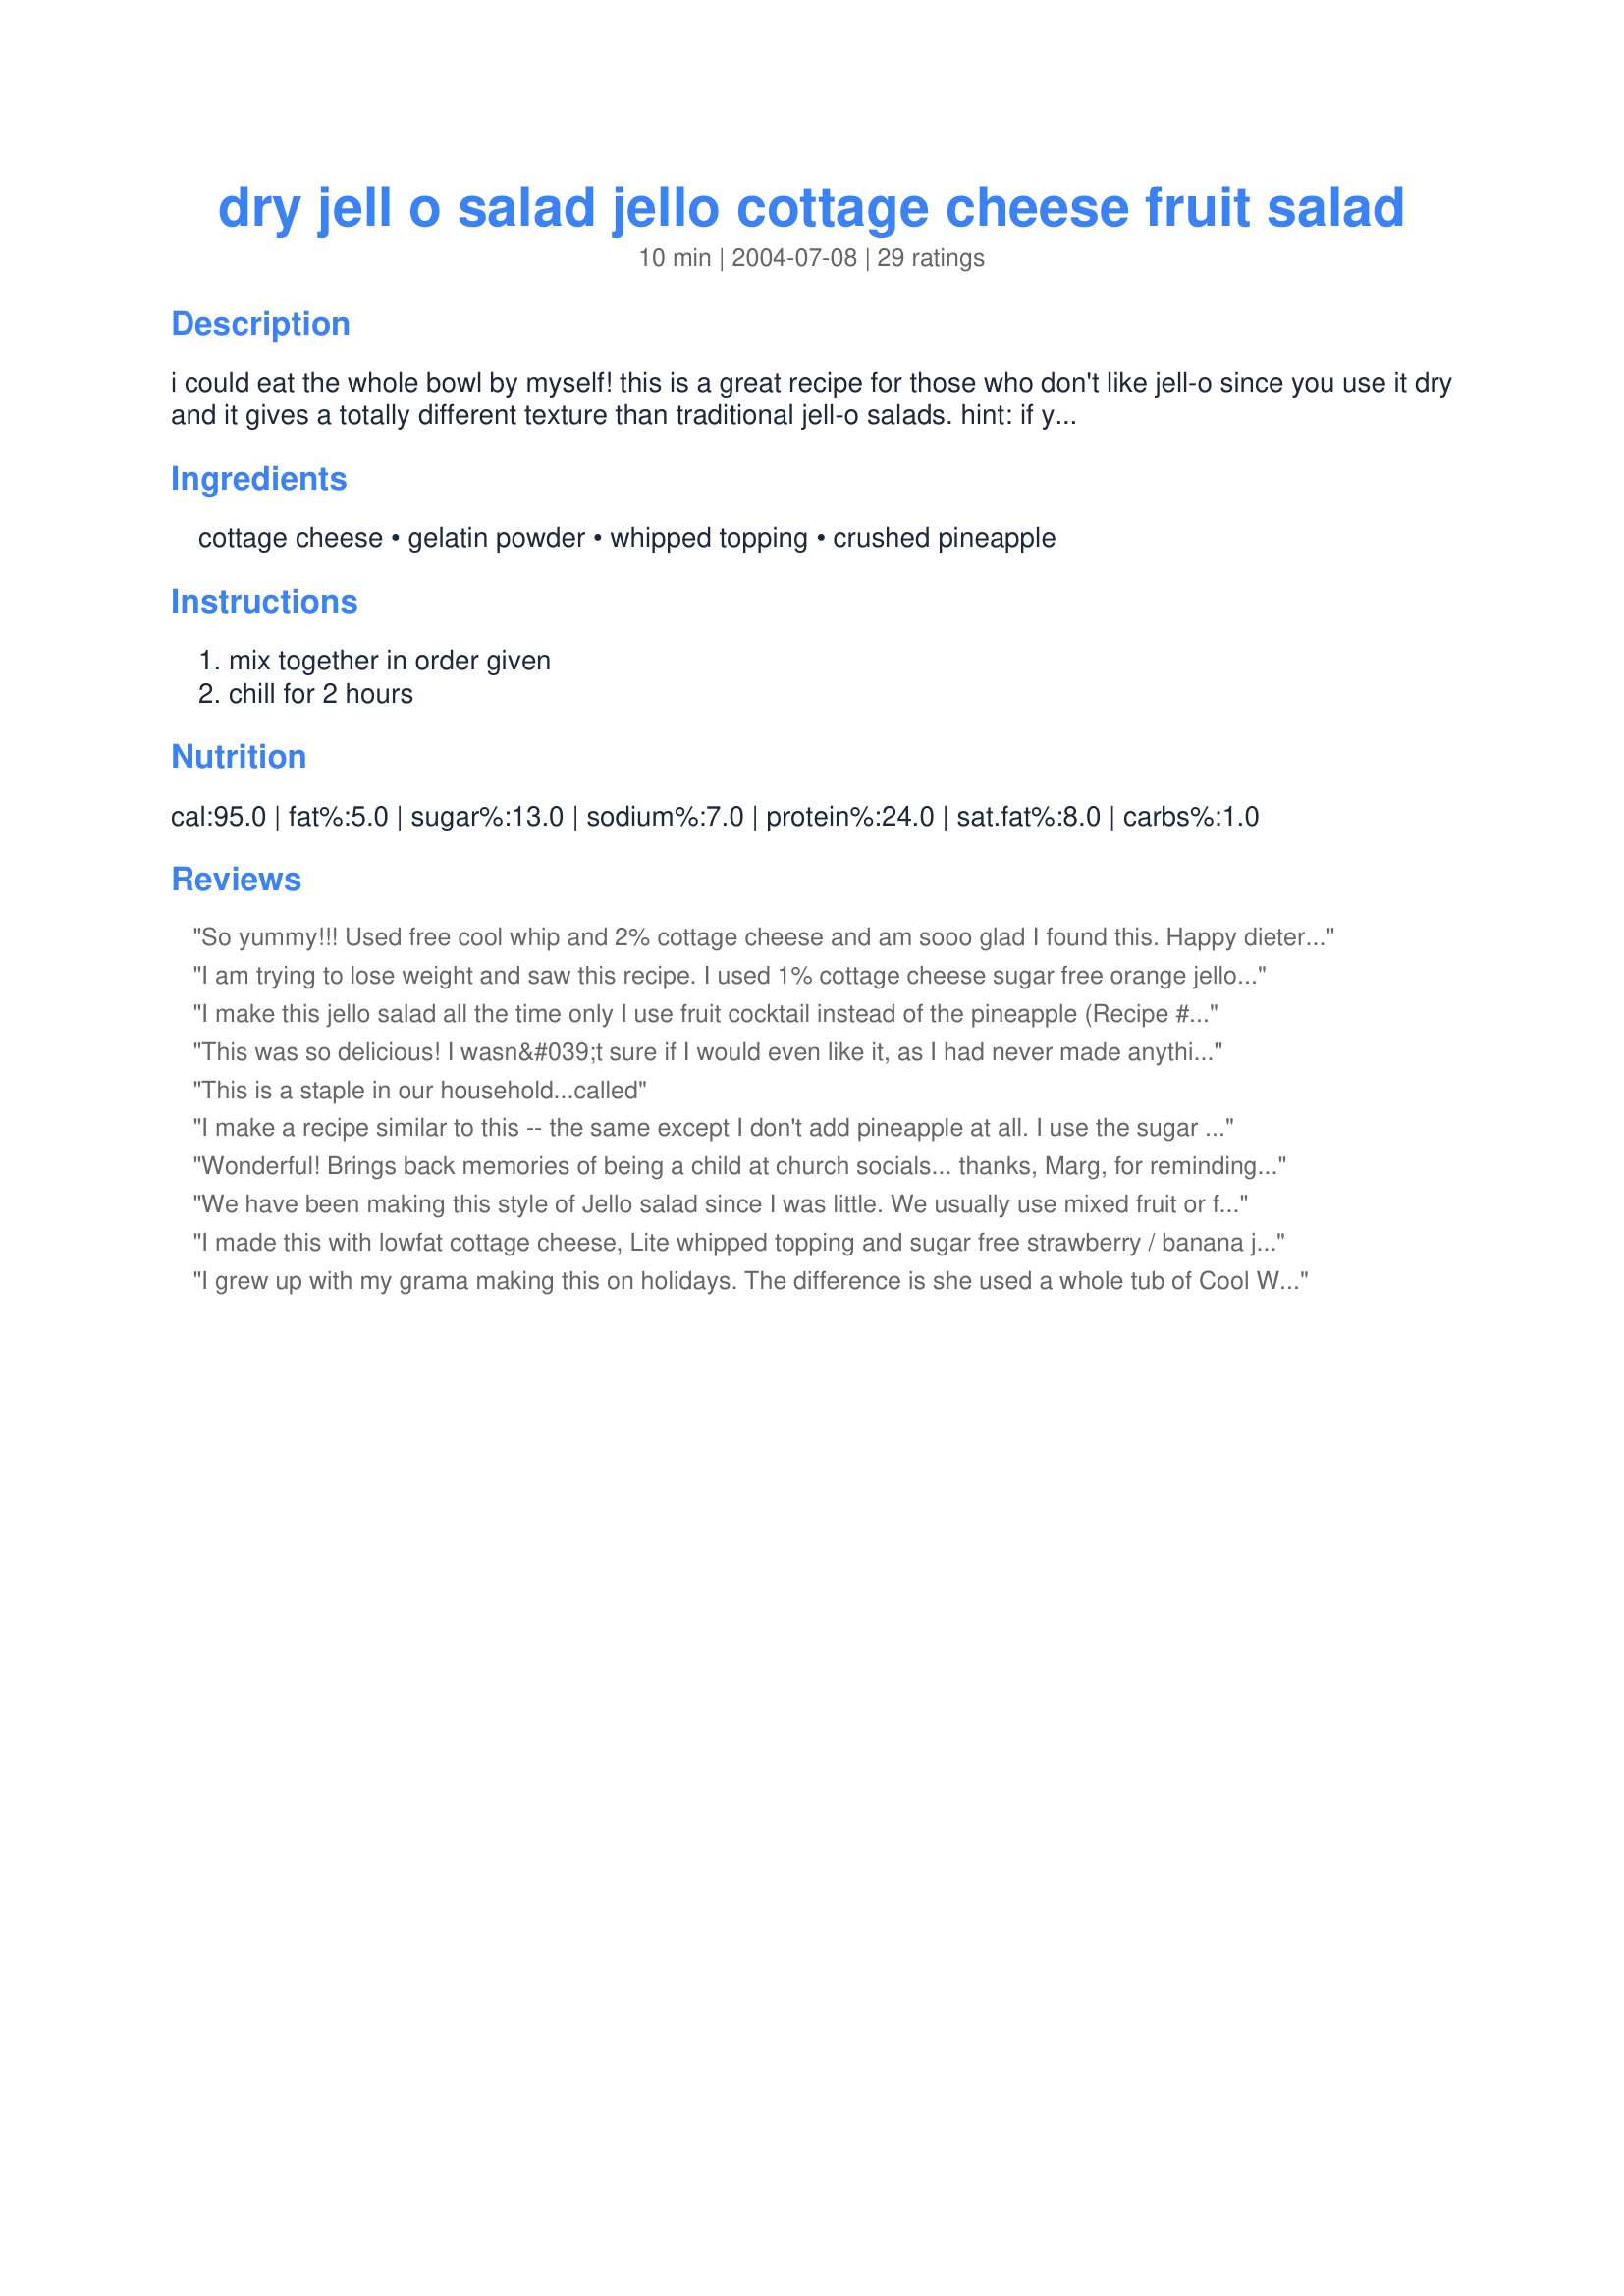
dry jell o salad jello cottage cheese fruit salad
Preparation time: 10 minutes

i could eat the whole bowl by myself! this is a great recipe for those who don't like jell-o since you use it dry and it gives a totally different texture than traditional jell-o salads. hint: if you use orange flavored jell-o use mandarin oranges instead of pineapple.

Ingredients:
cottage cheese, gelatin powder, whipped topping, crushed pineapple

Steps:
mix together in order given, chill for 2 hours

Reviews:
So yummy!!! Used free cool whip and 2% cottage cheese and am sooo glad I found this. Happy dieter here!
I am trying to lose weight and saw this recipe. I used 1% cottage cheese sugar free orange jello and a one serving size of manderian oranges along with cool whip fat free. I love it and it fits into any diet plan (more protein than carbs). The nutrition information listed here is incorrect because they say no carbs in regular jello but there is quite a bit.
I make this jello salad all the time only I use fruit cocktail instead of the pineapple (Recipe #140179). I made it today as posted and it is just as delicious. Guess I will need to switch back and forth between the two. Thank you.
This was so delicious! I wasn&#039;t sure if I would even like it, as I had never made anything with cottage cheese before. I was pleasantly surprised though! I used sugar free raspberry jello and added maraschino cherries into mine. It ended up looking really pretty!
This is a staple in our household...called
I make a recipe similar to this -- the same except I don't add pineapple at all. I use the sugar free jello and think it tastes great. So easy and great for a quick kid dessert.
Wonderful! Brings back memories of being a child at church socials... thanks, Marg, for reminding me of a recipe that is oh-so-easy and scrumptious! The beautiful pink color would be beautiful for Valentine's Day, too!
We have been making this style of Jello salad since I was little. We usually use mixed fruit or fruit cocktail. It's great with all canned fruits, including tropical. Just use a coconut, orange, or other 'tropical' flavored Jello.
I made this with lowfat cottage cheese, Lite whipped topping and sugar free strawberry / banana jello power. It was good but next time I think I'll try jello powder with sugar and see if it improves the taste.
I grew up with my grama making this on holidays. The difference is she used a whole tub of Cool Whip, a 14 oz. can of crushed pineapple, and usually only about half a package of dry Lime Jello mix ( now I make it with Cherry), along with a whole large tub of small curd Cottage Cheese. I use both large and small curd but the size of the curd makes all the difference to some. This is one recipe that is considered a family treat. LOVE it and my kids love it. I make this every holiday or special occasion (they always ask for it) as a remembrance of my grama.
Heavenly - I just love it! Thank you for posting this recipe!
Wonderful! This is one of my son's favorites. I used sugar free orange jello (regular package size, though the ounces listed on the box are different) and mandarin oranges. I'll be making again and again.
Pineapple or mandarin oranges? I include both!
7-29-14 Made this today and it was delicious! Mister says, &quot;It&#039;s a keeper!&quot;
This is a recipe I used to make while attending a diet group. I used lowfat cottage cheese, diet Jello and Lite Cool Whip. I would recommend mixing the diet jello with the cool whip first to get it all dissolved before adding other ingredients. Very filling and curbs a sweet tooth too.
I made this about 5 minutes ago and there is just enough left in the bowl for me to tell what it will taste like when it is properly chilled. Oh, I hope I can wait that long. This would also be a great recipe to make with children as it is easy, quick and fun (My six year old said, " I know there is cottage cheese in it, but how did you get it pink ?)
oh dear lord! this is incredible! thanks a million Marg! and as to XAnnette... I would advise to not use banana flavored and it will probably taste better.
This was OK. The texture with the fruit flavor threw me off a bit. Other people complimented me on it, so maybe it is just me. It was super fast and easy to make. I'll try it again and see how it goes.
I made this for a family gathering last night, Used Orange jello &amp; fat free cool whipped topping. It was colorful &amp; tasted great, with one exception -too sweet for my taste. I will try just half box of jello next time. It was a big hit, thanks for posting
My kids don't like the 'lumps' in cottage cheese. I've been making this dessert as a high-protein sweet-treat for years, but my version takes a little longer. I do dissolve the jello in the recommended amount of hot water but I don't add any cold water. I puree the cottage cheese in my food processor until it's smooth. I use low-fat cottage cheese, sugar-free jello and I add a little bit of splenda to sweeten-up the cottage cheese. I even get by without adding the whipped topping if I'm out - it's a little bit 'denser' - slightly more jello-y - it is fun to pour this into graham cracker crusts as a 'creamed pie', too, if you want to dress it up. Lots of ways to combine this, lots of flavours - we like lime with pear chunks - you can't screw this up and it's cheap and nutritious! :) Thanks for posting!
I love this recipe cause it's lowfat and very tasty. I do put the cottage cheese in the blender though, so the texture is nice and smooth - it may add a few minutes to the prep time, but I think it's worth it. The flavors I have done are strawberry jello w/ strawberries, lime jello with pineapple.
:)
My friend makes this for all our pot luck dinners but she uses pineapple chunks and adds chopped pecans and mini marshmallows. Yum!
I personally do not like whipped cream so I make mine without and everyone who has ever made it with cannot tell the difference. I usually make mine with orange jello with mandarin oranges and pineapple. I usually use chunk pineapple so the texture is a little different. I'm on my way to make this recipe (minus the whipped cream)!!!
Made this without pineapple with raspberry jello and FRESH raspberries in season. To die for. But edit this recipe. I am a lil slow perhaps, but I actually Googled &quot;boxany&quot; to find out what kinda flavor it was! :) lol
Love, love, love this recipe! It is so simple! And you change it up in un-numbered ways to suit your flavor preference. I have made this many times, and followed the tip in the reviews to blend the jello with the cool whip first. YUM YUM!
My Mom has made this for years but she adds a drained can of mandarin oranges and a cup of marshmallows.
My favorite combo of this recipe is to use orange gelatin and mandaring oranges instead of pineapple. YUM. Great recipe - thanks for sharing.
Awesome stuff! You can use any jello flavor. Great protein especially for gastric bypass people. I am a texture freak, and cannot eat the cottage cheese &quot;as is.&quot; If I eat it plain, okay, but if a recipe calls for it, I buzz it in my Nutribullet to make it a creamy consistency. Just a personal thing, but it is better &quot;chunk less.&quot;
